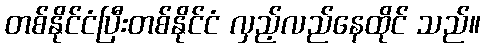
တစ်နိုင်ငံပြီးတစ်နိုင်ငံ လှည့်လည်နေထိုင် သည်။